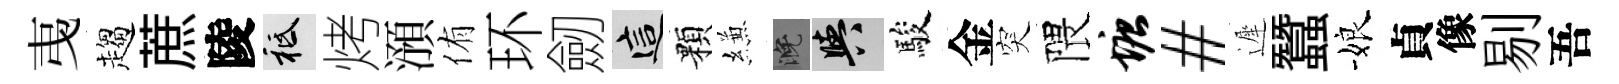
𢎯趨蔗陵祇烤澦侑环劒這顆縑晚阳駿金突隈塘#遲蠶娘貞像剔吾